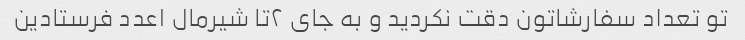
تو تعداد سفارشاتون دقت نکردید و به جای ۲تا شیرمال ۱عدد فرستادین